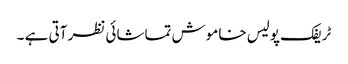
ٹریفک پولیس خاموش تماشائی نظر آتی ہے ۔